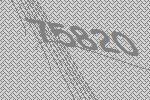
75820